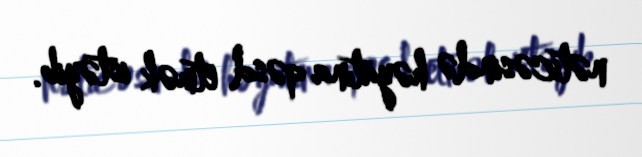
nəticəsində həyatına qəsd etmək istəyib.